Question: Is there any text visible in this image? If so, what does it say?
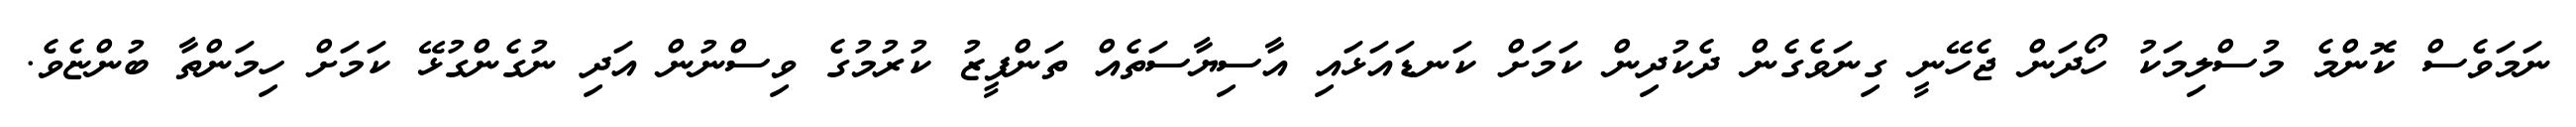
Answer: ނަމަވެސް ކޮންމެ މުސްލިމަކު ހޯދަން ޖެހޭނީ ގިނަވެގެން ދެކުދިން ކަމަށް ކަނޑައަޅައި އާސިޔާސަތެއް ތަންފީޒު ކުރުމުގެ ވިސްނުން އަދި ނުގެންގުޅޭ ކަމަށް ހިމަންތާ ބުންޏެވެ.